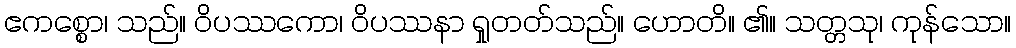
ဧကစ္စော၊ သည်။ ဝိပဿကော၊ ဝိပဿနာ ရှုတတ်သည်။ ဟောတိ။ ၏။ သတ္တသု၊ ကုန်သော။